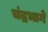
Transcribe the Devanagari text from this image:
चंद्रभागे